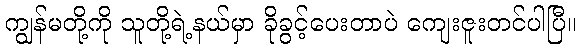
ကျွန်မတို့ကို သူတို့ရဲ့နယ်မှာ ခိုခွင့်ပေးတာပဲ ကျေးဇူးတင်ပါပြီ။